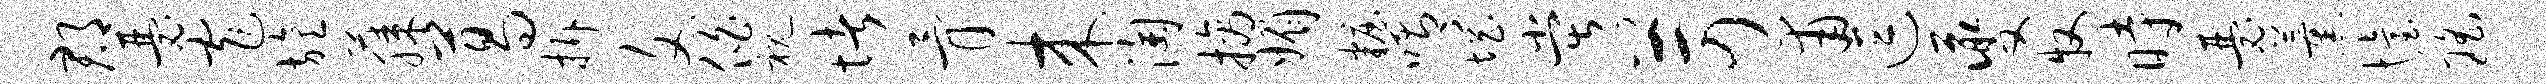
郡瑟窄旌藤葛拆文伯视堵骨来淘摘媚妆喟惘堂苛甫逗夔牧时瑟薰怡瑶